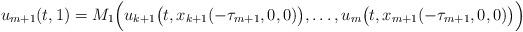
LaTeX: \begin{align*}u_{m+ 1}(t, 1) = M_{1} \Big(u_{k+ 1} \big(t, x_{k+1} (- \tau_{m + 1}, 0, 0) \big), \dots, u_{m}\big(t, x_{m +1} (-\tau_{m +1}, 0, 0) \big)\Big)\end{align*}